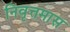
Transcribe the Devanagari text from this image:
निवृत्तमास